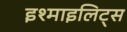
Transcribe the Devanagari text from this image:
इश्माइलिट्स